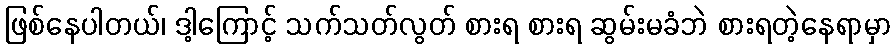
ဖြစ်နေပါတယ်၊ ဒါ့ကြောင့် သက်သတ်လွတ် စားရ စားရ ဆွမ်းမခံဘဲ စားရတဲ့နေရာမှာ